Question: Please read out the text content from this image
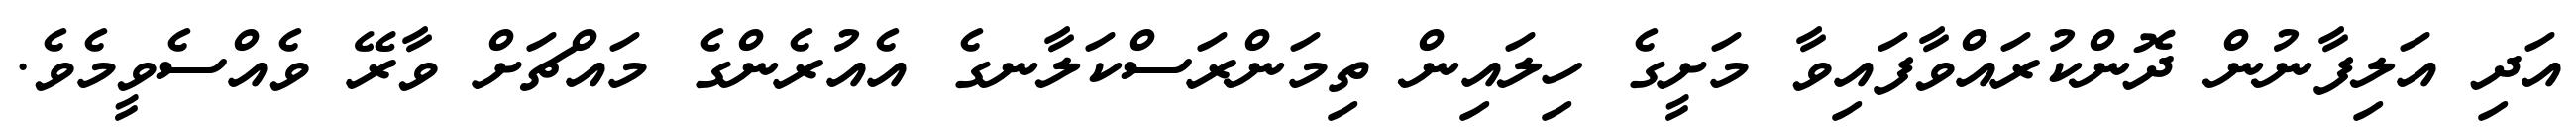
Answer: އަދި އަލިފާނުން ދޮންކުރައްވާފައިވާ މަށީގެ ހިލައިން ތިމަންރަސްކަލާނގެ އެއުރެންގެ މައްޗަށް ވާރޭ ވެއްސެވީމެވެ.